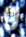
و